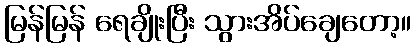
မြန်မြန် ရေချိုးပြီး သွားအိပ်ချေတော့။